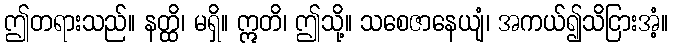
ဤတရားသည်။ နတ္ထိ၊ မရှိ။ ဣတိ၊ ဤသို့။ သစေဇာနေယျံ၊ အကယ်၍သိငြားအံ့။